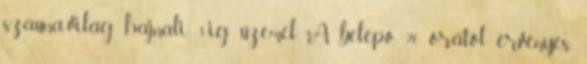
szauna-világ hajnali 3-ig üzemel A belépő 20 órától érvényes,